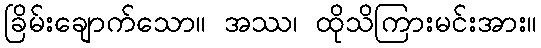
ခြိမ်းချောက်သော။ အဿ၊ ထိုသိကြားမင်းအား။